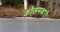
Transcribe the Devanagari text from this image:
कोसमबारी